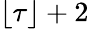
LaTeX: \lfloor\tau\rfloor+2